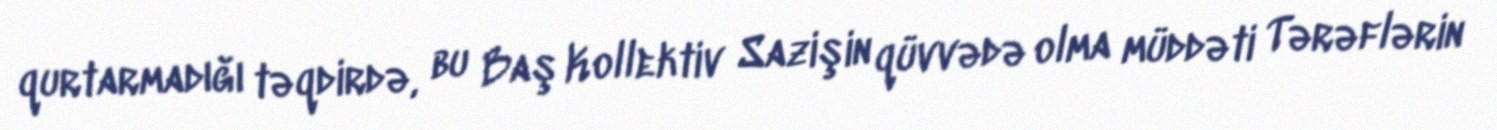
qurtarmadığı təqdirdə, bu Baş Kollektiv Sazişin qüvvədə olma müddəti Tərəflərin